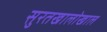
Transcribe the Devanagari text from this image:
सुरतखालोखाल